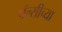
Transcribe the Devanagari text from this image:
पॅल्सीच्या